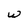
Character: w